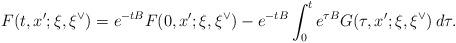
LaTeX: \begin{align*} F(t,x';\xi,\xi^{\vee}) = e^{-tB}F(0,x';\xi,\xi^{\vee}) - e^{-tB}\int_0^t e^{\tau B}G(\tau,x';\xi,\xi^{\vee})\,d\tau.\end{align*}